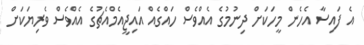
އެ ފައިސާ އެހެން މީހަކަށް ދިނުމުގެ އެއްވެސް ހައްގެއް އައިޖީއެމްއެޗުގެ އެއްވެސް ވެރިޔަކަށް